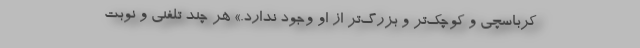
کرباسچی و کوچک‌تر و بزرگ‌تر از او وجود ندارد.» هر چند تلفنی و نوبت